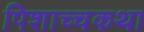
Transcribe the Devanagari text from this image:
पिशाच्चकथा